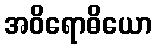
အဝိရောဓိယော